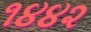
૧૪૪૨